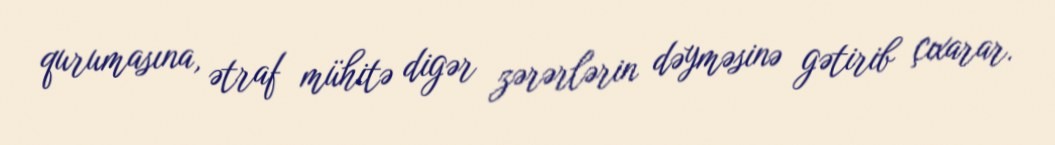
qurumasına, ətraf mühitə digər zərərlərin dəyməsinə gətirib çıxarar.